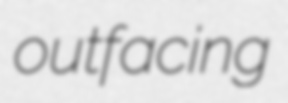
outfacing